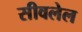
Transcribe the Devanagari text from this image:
सीवलेल